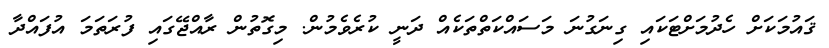
ޤައުމަކަށް ހެދުމަށްޓަކައި ގިނަގުނަ މަސައްކަތްތަކެއް ދަނީ ކުރެވެމުން. މިގޮތުން ރާއްޖޭގައި ފުރަތަމަ އުފައްދާ